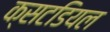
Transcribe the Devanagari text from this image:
क्सटडियल